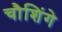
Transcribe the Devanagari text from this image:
चौशिंगे